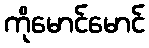
ကိုမောင်မောင်